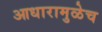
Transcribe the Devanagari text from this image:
आधारामुळेच